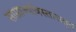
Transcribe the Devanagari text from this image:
साम्राज्यविस्तारातून